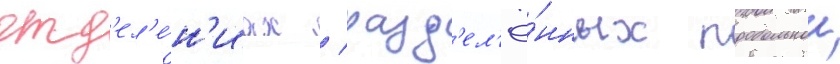
отд'ел'е́н'иах / разд'ел'ё́нных продольнои